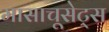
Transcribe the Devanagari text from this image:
मासाचूसेट्स